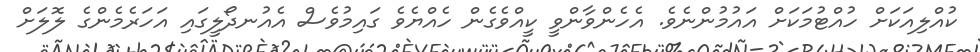
ކުއްލިއަކަށް ހުއްޓުމަކަށް އައުމުންނެވެ. އެހެންވާންވީ ކީއްވެގެން ހެއްޔެވެ ގައިމުވެސް އެއުނދޯލީގައި އަހަރެމެންގެ ލޮލަށް